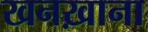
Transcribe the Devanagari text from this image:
खनख़ाना